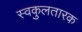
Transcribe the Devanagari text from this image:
स्वकुलतारक